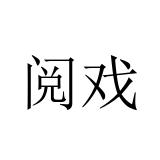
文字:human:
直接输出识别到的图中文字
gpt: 阅戏